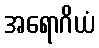
အရောဂိယံ